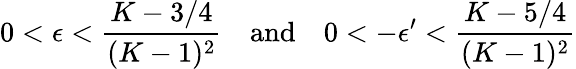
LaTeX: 0<\epsilon<\frac{K-3/4}{(K-1)^{2}}\quad\mathrm{and}\quad 0<-\epsilon^{\prime}<\frac{K-5/4}{(K-1)^{2}}